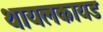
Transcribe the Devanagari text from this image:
थायलकायड